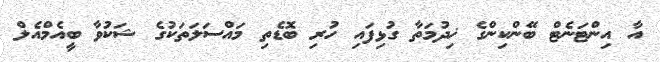
އާ އިންޓަނެޓް ބޭންކިންގެ ޚިދުމަތާ ގުޅިފައި ހުރި ބޮޑެތި މައްސަލަތަކުގެ ޝަކުވާ ބީއެމްއެލް